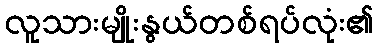
လူသားမျိုးနွယ်တစ်ရပ်လုံး၏